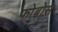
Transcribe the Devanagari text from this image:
फो़बोस